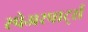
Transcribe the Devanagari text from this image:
स्पेअरपार्ट्स